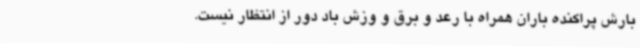
بارش پراکنده باران همراه با رعد و برق و وزش باد دور از انتظار نیست.